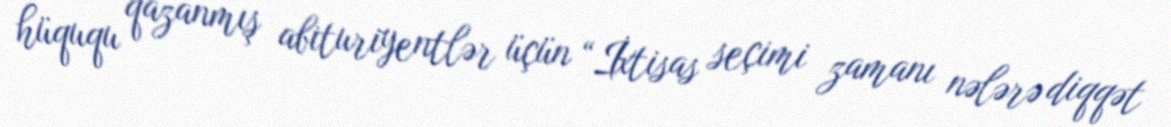
hüququ qazanmış abituriyentlər üçün “İxtisas seçimi zamanı nələrə diqqət